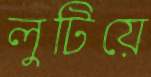
লুটিয়ে